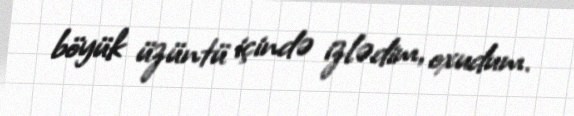
böyük üzüntü içində izlədim, oxudum.